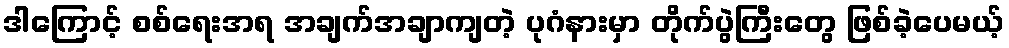
ဒါကြောင့် စစ်ရေးအရ အချက်အချာကျတဲ့ ပုဂံနားမှာ တိုက်ပွဲကြီးတွေ ဖြစ်ခဲ့ပေမယ့်